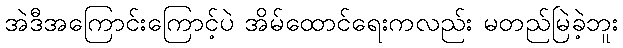
အဲဒီအကြောင်းကြောင့်ပဲ အိမ်ထောင်ရေးကလည်း မတည်မြဲခဲ့ဘူး